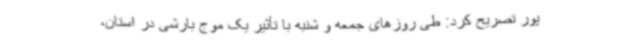
پور تصریح کرد: طی روزهای جمعه و شنبه با تأثیر یک موج بارشی در استان،